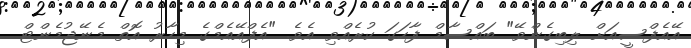
އޭއެފްސީއަށް ލިބިގެންވޭ" ބައްސާމް ފާހަގަ ކުރެއްވި އެވެ. "އެފްއޭއެމްގެ މިހާރު އޮތް މެނޭޖުމެންޓް